Report by Surgeon-Major Lyons, I.M.S., President of the Plague Research Committee - Part I
Disease focus: Plague
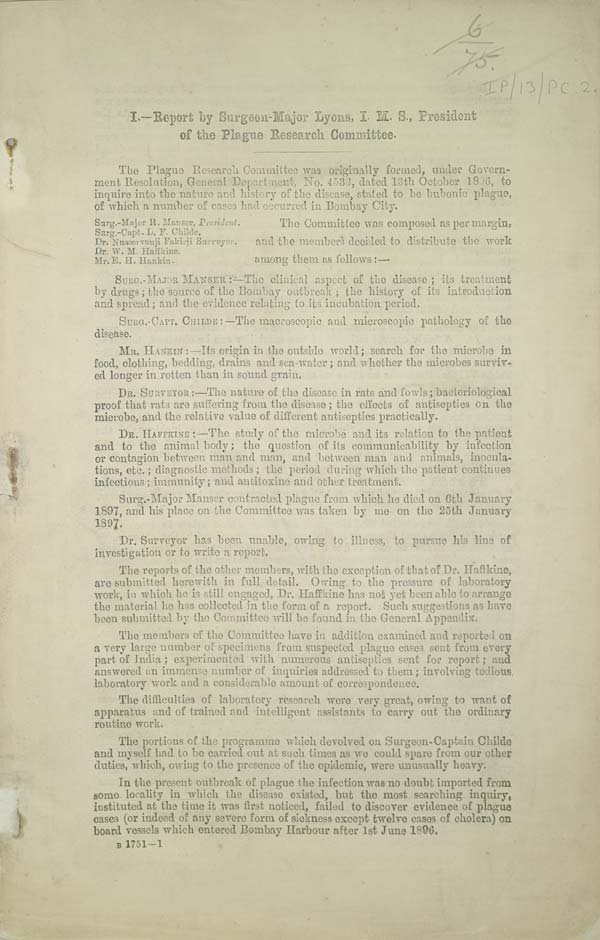
I.—Report by Surgeon-Major Lyons, I. M. S., President
of the Plague Research Committee.
The Plague Research Committee was originally formed, under Govern-
ment Resolution, General Department, No. 4533, dated 13th October 1896, to
inquire into the nature and history of the disease, stated to be bubonic plague,
of which a number of cases had occurred in Bombay City.
Surg.-Major R. Manser, President.
Surg.-Capt. L. F. Childe.
Dr. Nusservanji Fakirji Surveyer.
Dr. W. M. Haffkine.
Mr. E. H. Hankin.
The Committee was composed as per margin,
and the members decided to distribute the work
among them as follows:—
SURG.-MAJOR MANSER:—The clinical aspect of the disease; its treatment
by drugs; the source of the Bombay outbreak; the history of its introduction
and spread; and the evidence relating to its incubation period.
SURG.-CAPT. CHILDE:—The macroscopic and microscopic pathology of the
disease.
MR. HANKIN:—Its origin in the outside world; search for the microbe in
food, clothing, bedding, drains and sea-water; and whether the microbes surviv-
ed longer in rotten than in sound grain.
DR. SURVEYOR:—The nature of the disease in rats and fowls; bacteriological
proof that rats are suffering from the disease; the effects of antiseptics on the
microbe, and the relative value of different antiseptics practically.
DR. HAFFKINE:—The study of the microbe and its relation to the patient
and to the animal body; the question of its communicability by infection
or contagion between man and man, and between man and animals, inocula-
tions, etc.; diagnostic methods; the period during which the patient continues
infectious; immunity; and antitoxine and other treatment.
Surg.-Major Manser contracted plague from which he died on 6th January
1897, and his place on the Committee was taken by me on the 25th January
1897.
Dr. Surveyor has been unable, owing to illness, to pursue his line of
investigation or to write a report.
The reports of the other members, with the exception of that of Dr. Haffkine,
are submitted herewith in full detail. Owing to the pressure of laboratory
work, in which he is still engaged, Dr. Haffkine has not yet been able to arrange
the material he has collected in the form of a report. Such suggestions as have
been submitted by the Committee will be found in the General Appendix.
The members of the Committee have in addition examined and reported on
a very large number of specimens from suspected plague cases sent from every
part of India; experimented with numerous antiseptics sent for report; and
answered an immense number of inquiries addressed to them; involving tedious
laboratory work and a considerable amount of correspondence.
The difficulties of laboratory research were very great, owing to want of
apparatus and of trained and intelligent assistants to carry out the ordinary
routine work.
The portions of the programme which devolved on Surgeon-Captain Childe
and myself had to be carried out at such times as we could spare from our other
duties, which, owing to the presence of the epidemic, were unusually heavy.
In the present outbreak of plague the infection was no doubt imported from
some locality in which the disease existed, but the most searching inquiry,
instituted at the time it was first noticed, failed to discover evidence of plague
cases (or indeed of any severe form of sickness except twelve cases of cholera) on
board vessels which entered Bombay Harbour after 1st June 1896.
B 1751 — 1